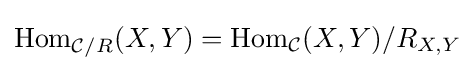
\mathrm {Hom} _{{\mathcal {C}}/R}(X,Y)=\mathrm {Hom} _{\mathcal {C}}(X,Y)/R_{X,Y}